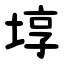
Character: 埻